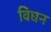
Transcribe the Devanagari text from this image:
विघन